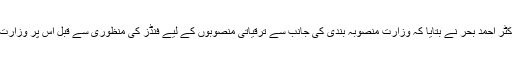
اجلاس سے خطاب کرتے ہوئے پارلیمنٹ کے ڈپٹی اسپیکر ڈاکٹر احمد بحر نے بتایا کہ وزارت منصوبہ بندی کی جانب سے ترقیاتی منصوبوں کے لیے فنڈز کی منظوری سے قبل اس پر وزارت برائے اقتصادی امور اور بجٹ کمیٹی بھی غور کرچکی ہے۔